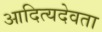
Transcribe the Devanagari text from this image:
आदित्यदेवता